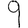
Digit: 9